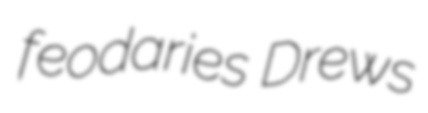
feodaries Drews